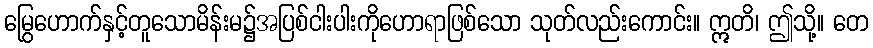
မြွေဟောက်နှင့်တူသောမိန်းမ၌အပြစ်ငါးပါးကိုဟောရာဖြစ်သော သုတ်လည်းကောင်း။ ဣတိ၊ ဤသို့။ တေ